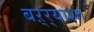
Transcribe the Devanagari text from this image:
बऱ्र्‍याशा